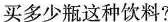
买多少瓶这种饮料?